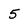
Character: 5